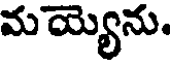
మయ్యెను.